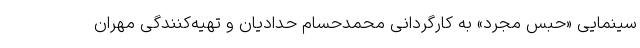
سینمایی «حبس مجرد» به کارگردانی محمدحسام حدادیان و تهیه‌کنندگی مهران